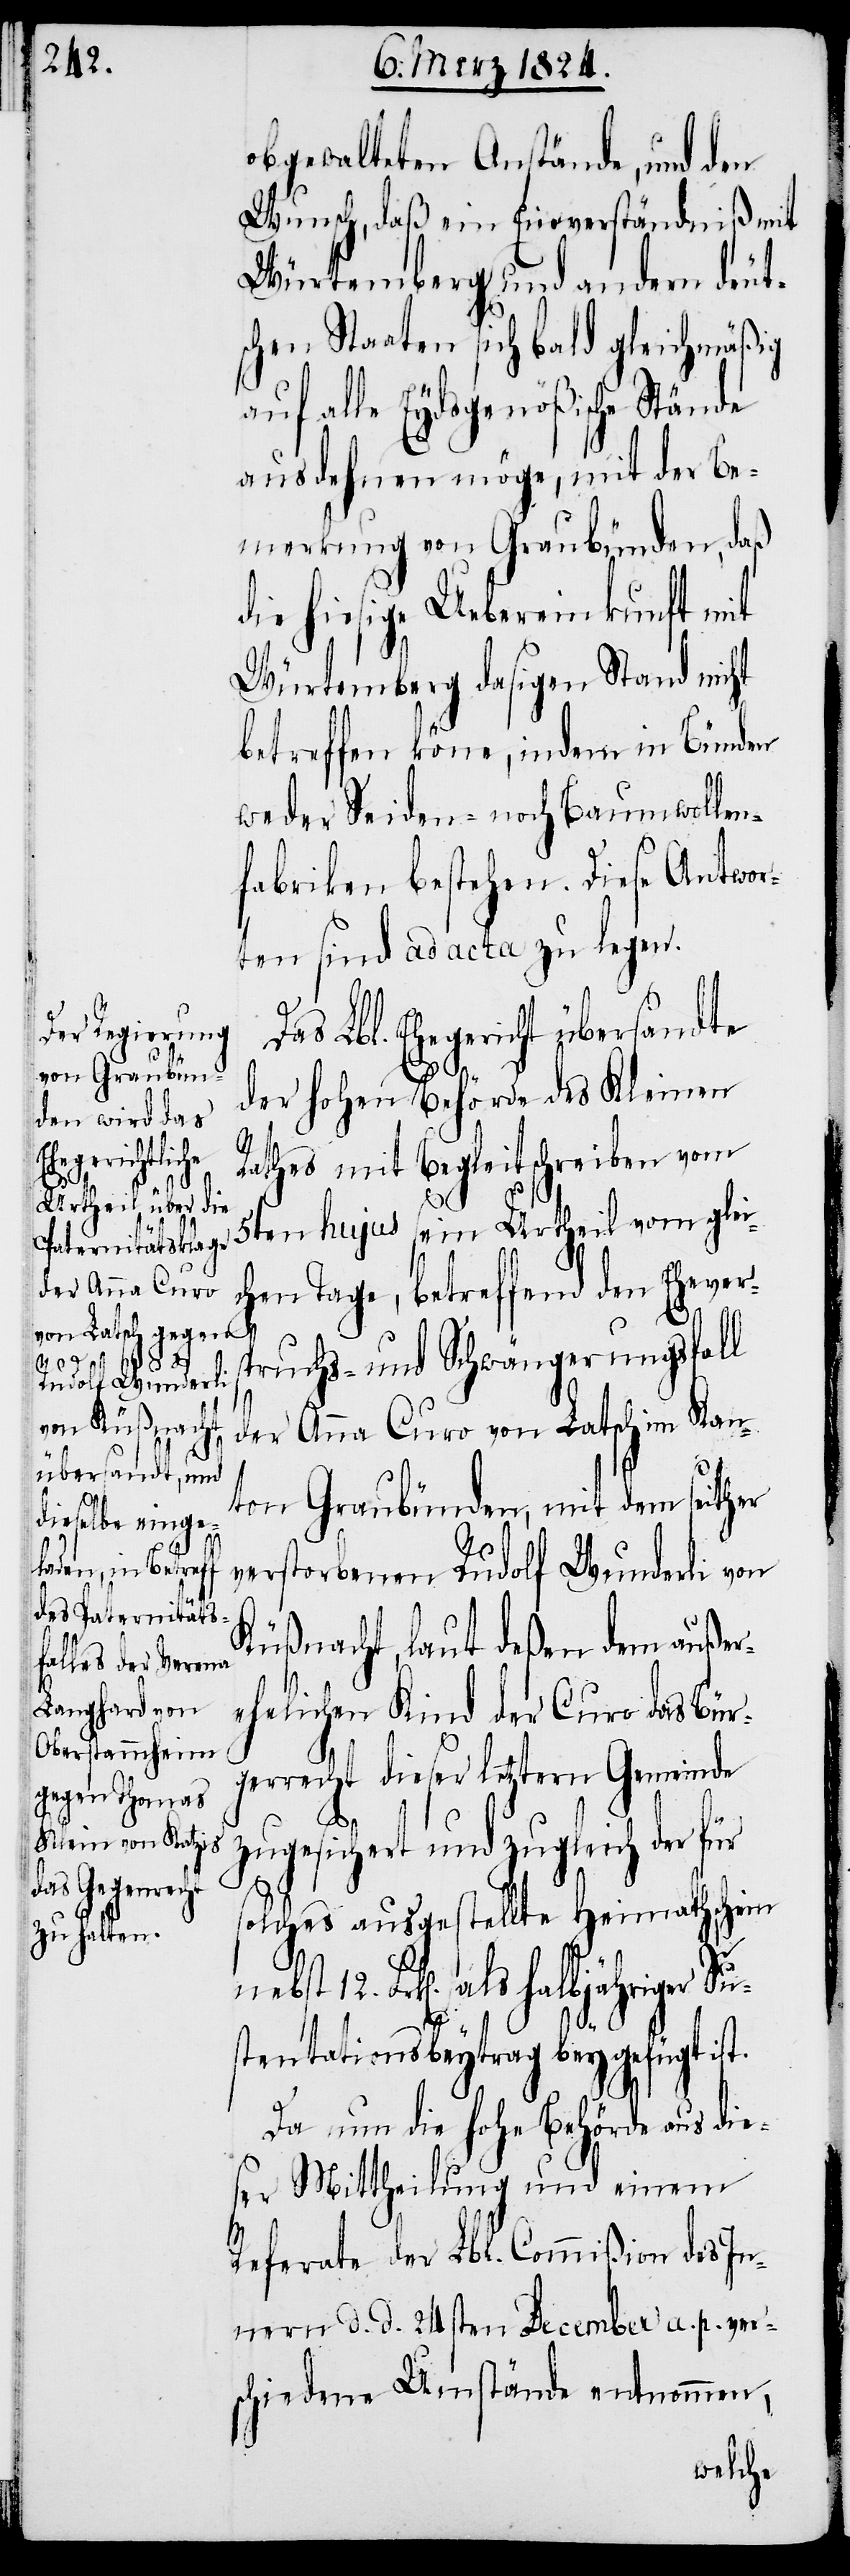
obgewalteten Anstände, und den
Wunsch, daß ein Einverständniß mit
Würtemberg und andern deut¬
schen Staaten sich bald gleichmäßig
auf alle Eydsgenößische Stände
ausdehnen möge, mit der Be¬
merkung von Graubünden, daß
die hiesige Uebereinkunft mit
Würtemberg dasigen Stand nicht
betreffen könne, indem in Bünden
weder Seiden- noch Baumwollen¬
fabriken bestehen. Diese Antwor¬
ten ad acta zu legen.
der hohen Behörde des Kleinen
übersandte
Rathes mit Begleitschreiben vom
5ten hujus sein Urtheil vom glei¬
chen Tage, betreffend den Ehes¬
pruchs- und Schwängerungsfall
der Anna Curo von Latsch im Kan¬
ton Graubünden, mit dem seither
verstorbenen Rudolf Wunderli von
Küßnacht, laut deßen dem außer¬
ehelichen Kind der Curo das Bür¬
gerrecht dieser letztern Gemeinde
12.
zugesichert und zugleich der für
solches ausgestellte Heimathschein
Frk[en]. als halbjähriger Su¬
stentationsbeytrag beygefügt ist.
Da nun die hohe Behörde aus die¬
ser Mittheilung und einem
Referate der Lbl. Commißion des In¬
nern d. d. 24sten December a. p. ver¬
schiedene Umstände entnommen,